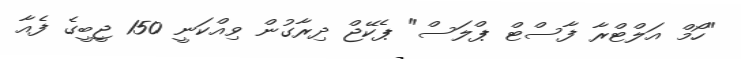
"ހޯމް އަލްޓްރާ ފާސްޓް ޕްލަސް" ޕެކޭޖް ދިރާގުން ވިއްކަނީ 150 ޖީބީގެ ފެއާ